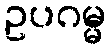
ဥပဂမ္မ